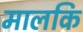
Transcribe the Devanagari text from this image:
मालकि